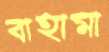
বাহামা